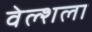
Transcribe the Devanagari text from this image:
वेल्शला